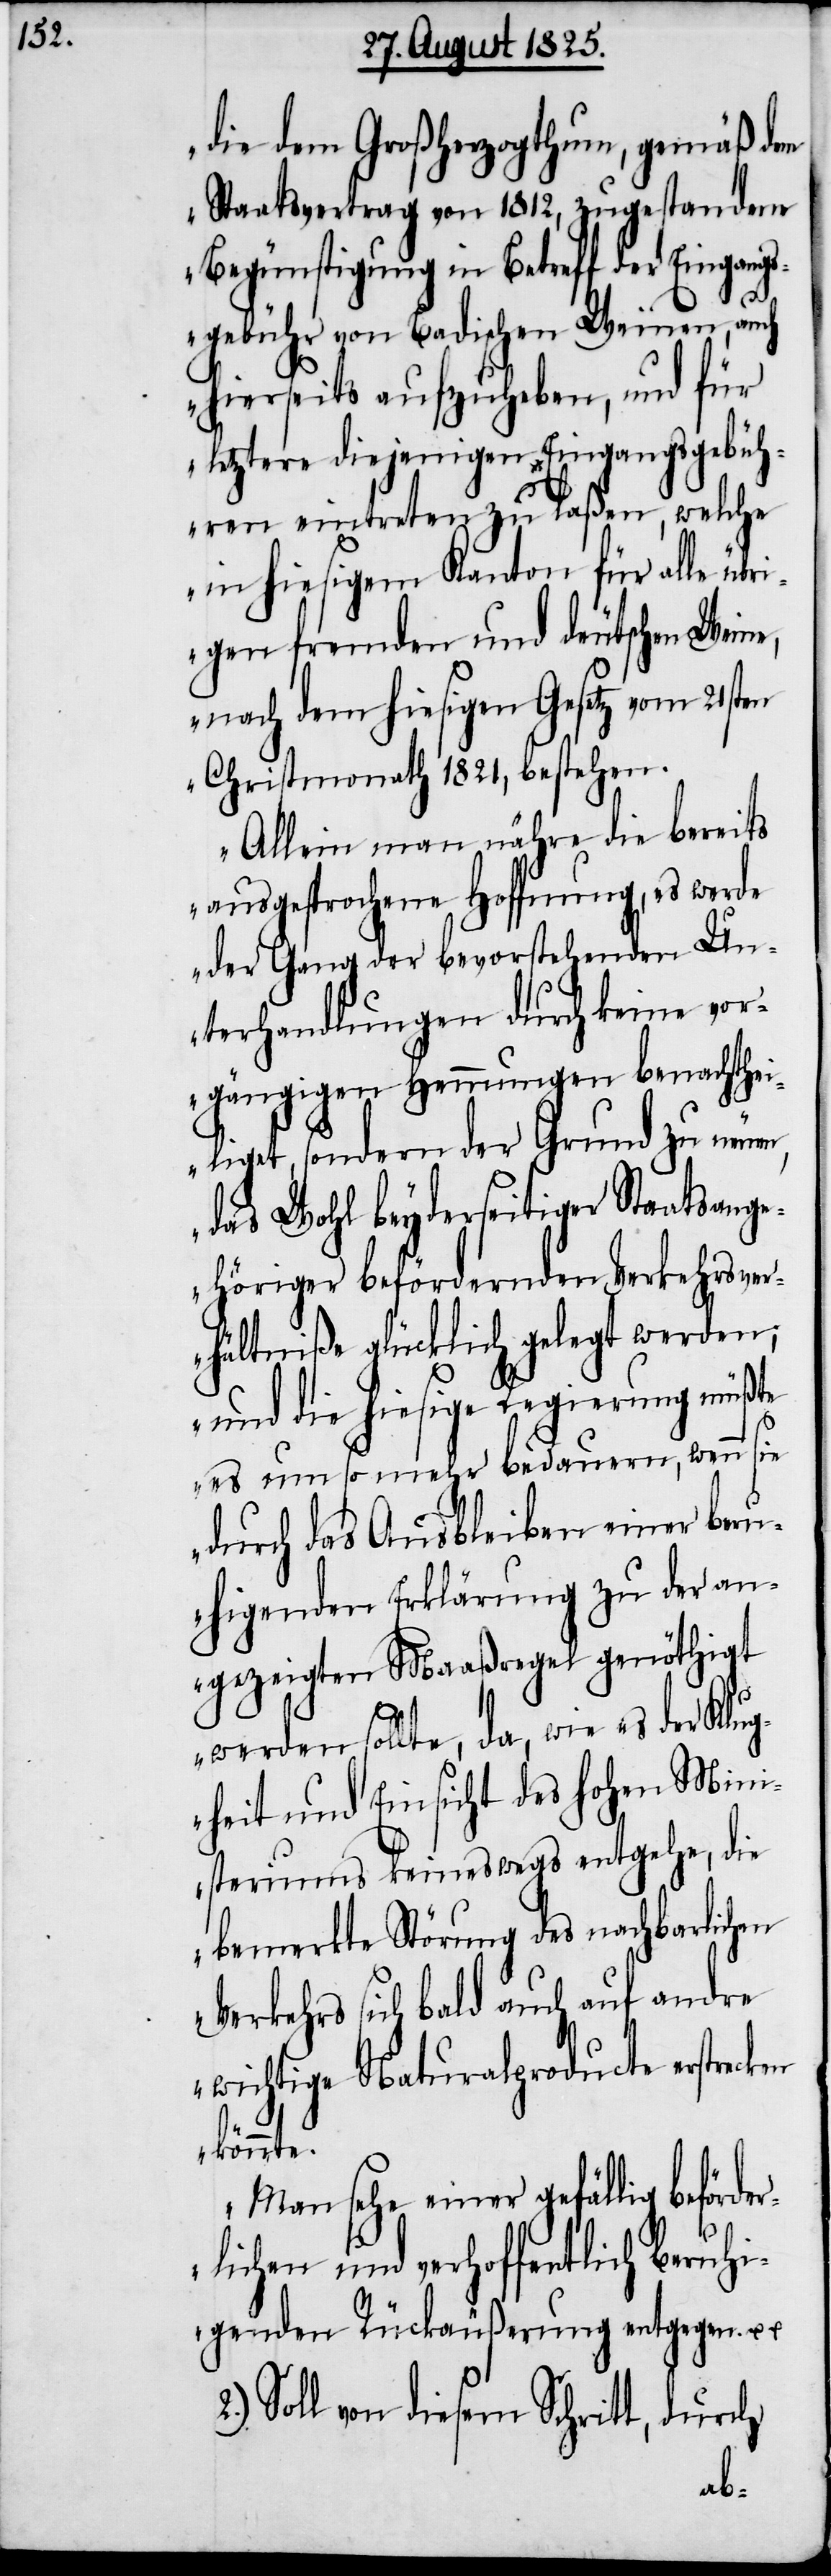
die dem Großherzogthum, gemäß dem
Staatsvertrag von 1812, zugestandene
Begünstigung in Betreff der Eingan¬
en
gsgebühr von Badischen Weinen, auch
hierseits aufzuheben, und für
letztere diejenigen Eingangsgebüh¬
ren eintreten zu laßen, welche
in hiesigem Kanton für alle üb¬
rigen fremden und deutschen Wei¬
nach dem hiesigen Gesetz vom 21sten
Christmonath 1821, bestehen.
Allein man nähre die bereits
ausgesprochene Hoffnung, es werde
der Gang der bevorstehenden Un¬
terhandlungen durch keine vor¬
gängigen Hemmungen benachth¬
eiliget, sondern der Grund zu neuer,
das Wohl beyderseitiger Staatsange¬
höriger befördernden Verkehrsver¬
hältniße glücklich gelegt werden;
und die hiesige Regierung müßte
es um so mehr bedauern, wenn sie
durch das Ausbleiben einer beru¬
higenden Erklärung zu der an¬
gezeigten Maaßregel genöthiget
werden sollte, da, wie es der Klug¬
heit und Einsicht des hohen Mini¬
steriums keineswegs entgehe, die
bemerkte Störung des nachbarlich¬
Verkehrs sich bald auch auf andre
wichtige Naturalproducte erstre¬
könnte.
Man sehe einer gefällig beförde¬
rlichen und verhoffentlich beruhi¬
genden Rückäußerung entgegen. u.
2.) Soll von diesem Schritt, durch
cken